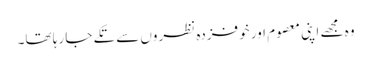
وہ مجھے اپنی معصوم اور خوفزدہ نظروں سے تکے جا رہا تھا۔